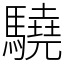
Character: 驍